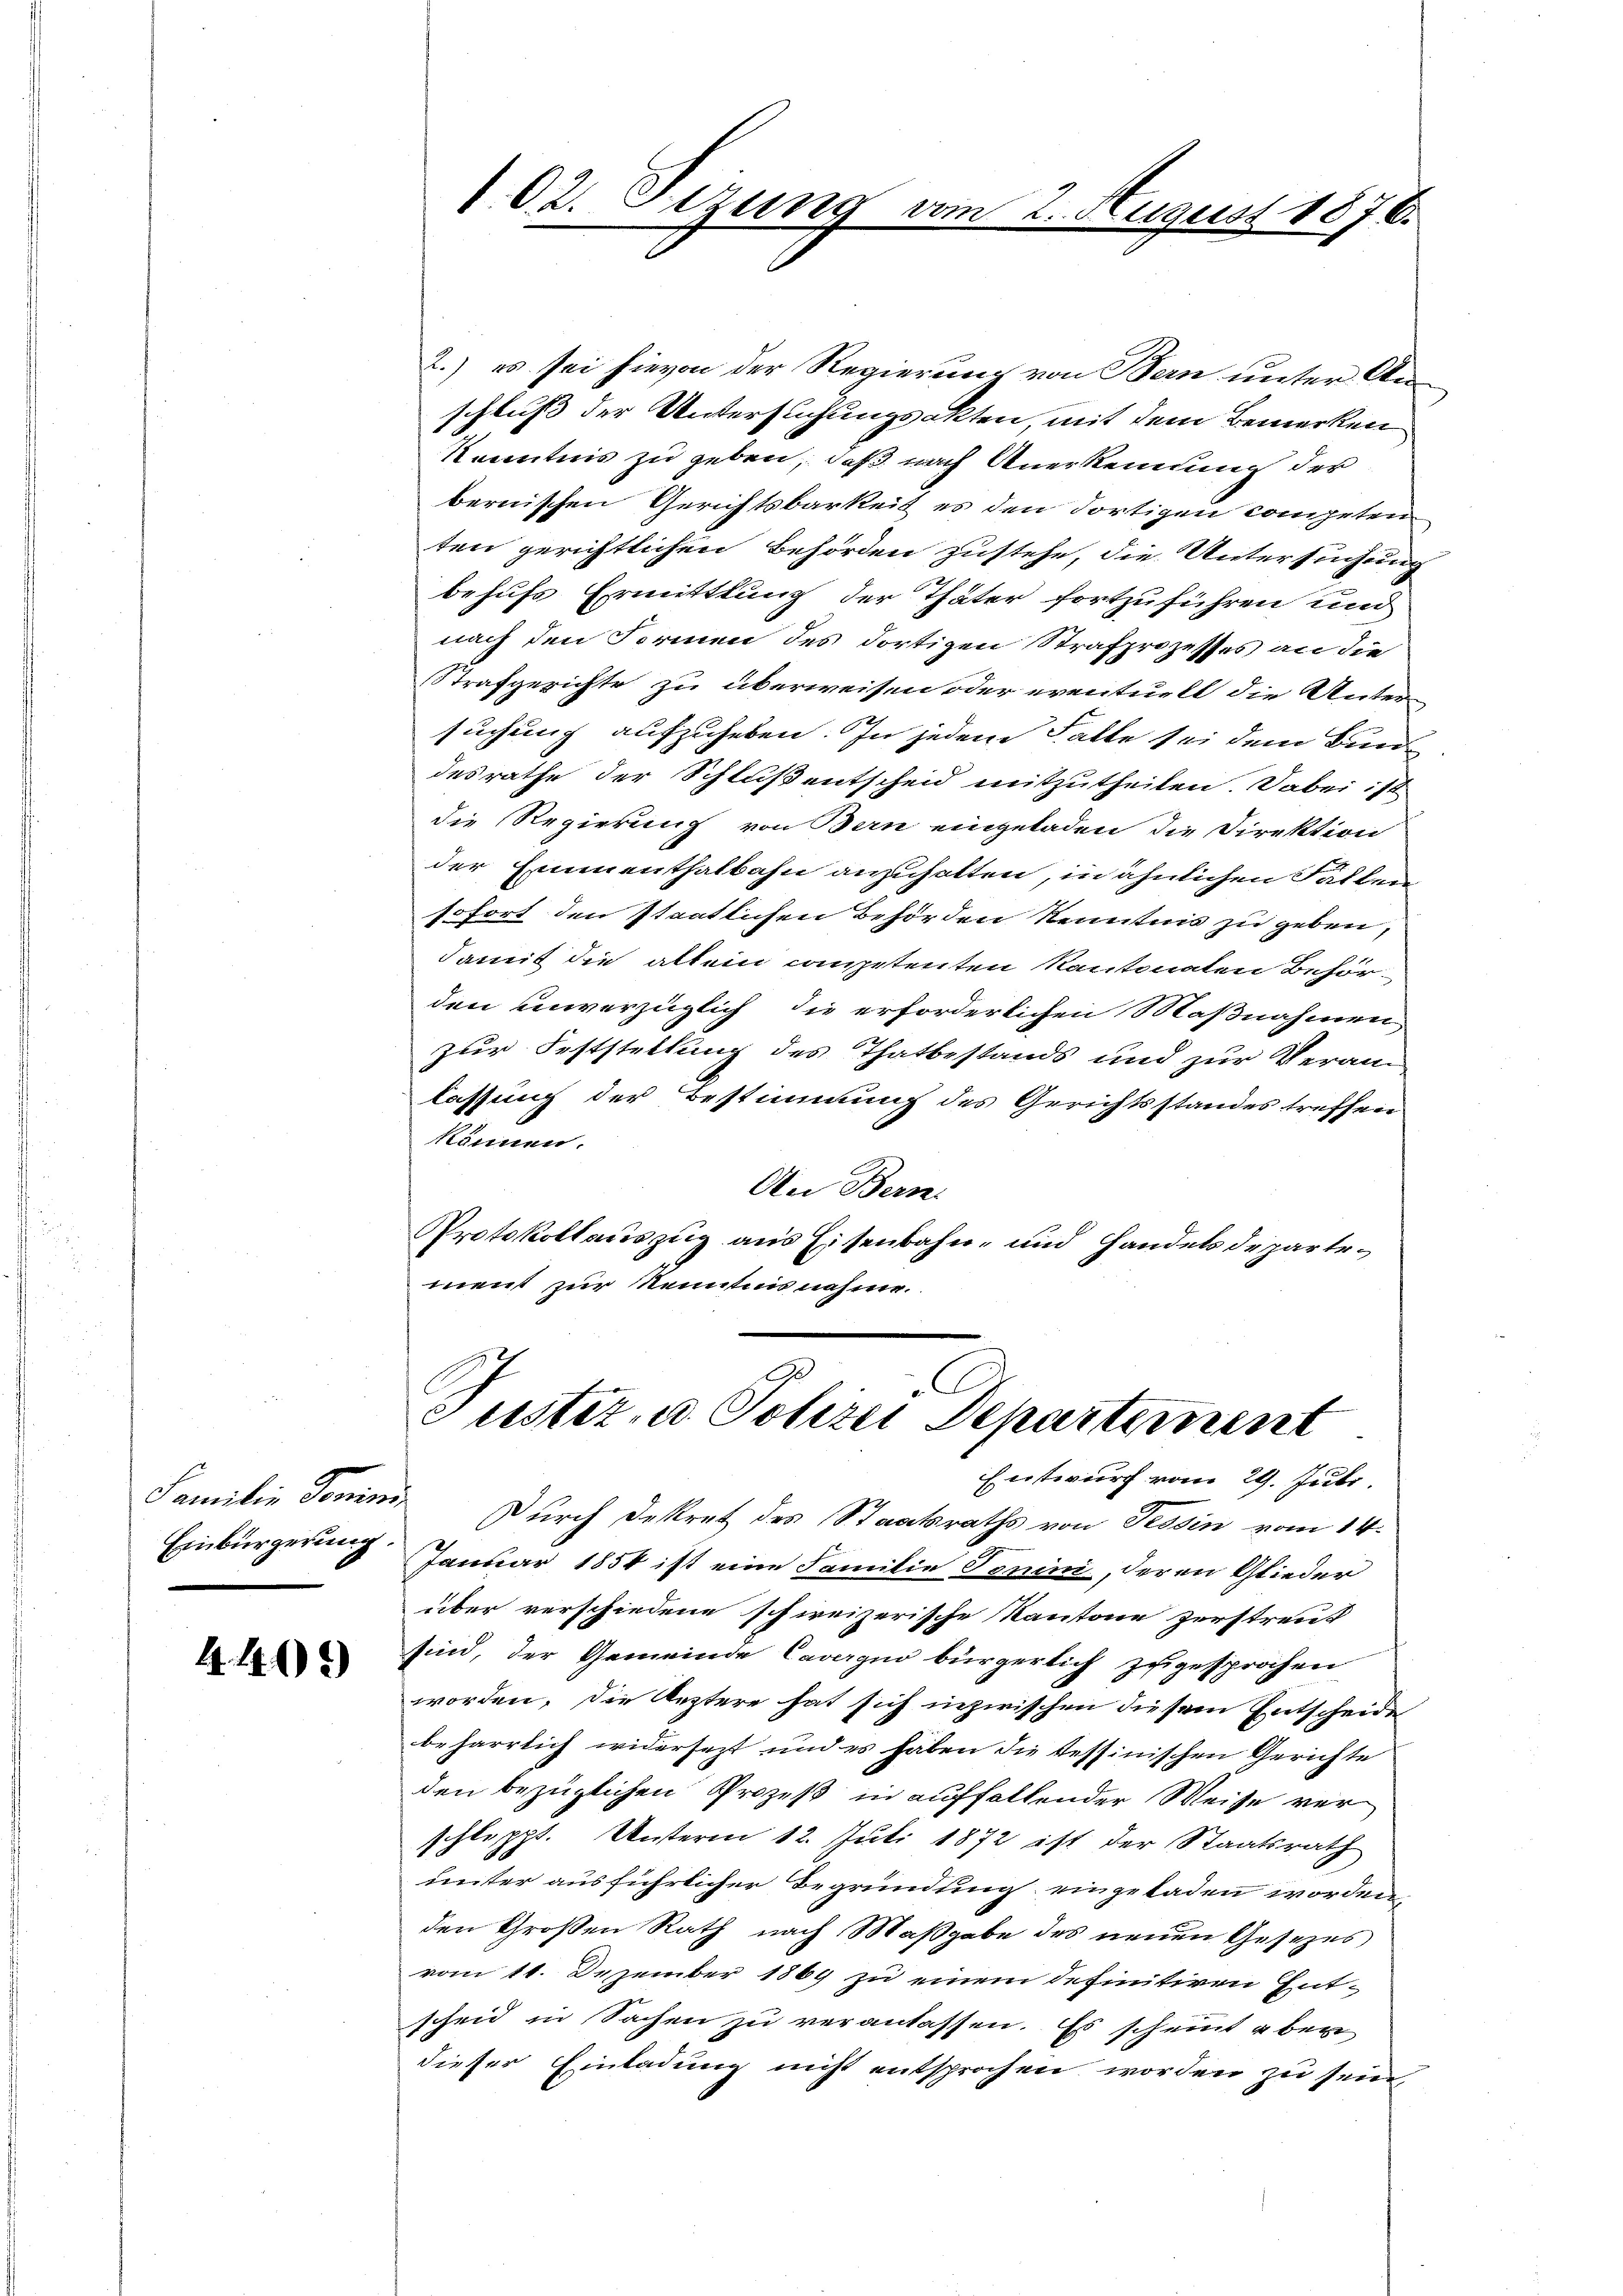
Einbürgerung

442)

2.) es sei hievon der Regierung von Bern unter Anschluß der Untersuchungsakten, mit dem Bemerken
Kenntnis zu geben, daß nach Anerkennung der
bernischen Gerichtsbarkeit es den dortigen competen
ten gerichtlichen Behörden zustehe, die Untersuchung
behufs Ermittlung der Thäter fortzuführen und
nach den Formen des dortigen Strafprozesses an die
Strafgerichte zu überweisen oder eventuell die Unter-
suchung aufzuheben. In jedem Falte sei dem Bundesrathe der Schluß entscheid mitzutheilen. Dabei ist
die Regierung von Bern eingeladen die Direktion
der Emmenthalbahn anzuhalten, in ähnlichen Fallen
sofort den staatlichen Behörden Kenntnis zu geben,
damit die altem competenten Kantonalen Behörden unverzüglich die erforderlichen Maßnahmen
zur Feststellung des Thatbestands und zur Veran-
lassung der Bestimmung des Gerichtsstandes treffen
können.
An Bern
Protokollauszug aus Eisenbahn- und Handelsdepartement zur Kenntnis nahme.

102. Sizung vom

2. August 1876.

u
ustiz- u. Polizei Departement
Entwurf vom 29. Juli.

Familie Domini Durch Dekret des Staatsraths von Tessin vom 14.
Januar 1854 ist eine Familie Tonin, deren Glieder
über verschiedene schweizerische Kantone zerstreut
sind, der Gemeinde Caverzuo bürgerlich zugesprochen
worden, die leztere hat sich inzwischen diesem Entscheide
beharrlich widersezt und es haben die tessinischen Gerichte
den bezüglichen Prozeß in auffallender Weise verschleppt. Unterm 12. Juli 1872 ist der Staatsrath
unter ausführlicher Begründung eingeladen worden,
den Großen Rath nach Maßgabe des neuen Gesezes
vom 11. Dezember 1869 zu einem definitiven Ent-
scheid in Sachen zu veranlassen. Es scheint aber
dieser Einladung nicht entsprochen worden zu sein,